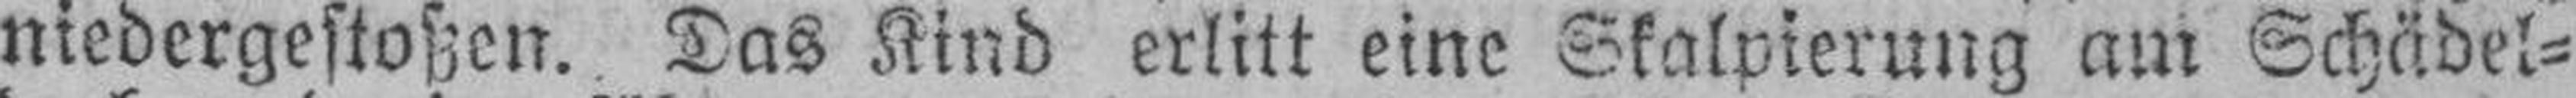
niedergestoßen. Das Kind erlitt eine Skalpierung am Schädel¬